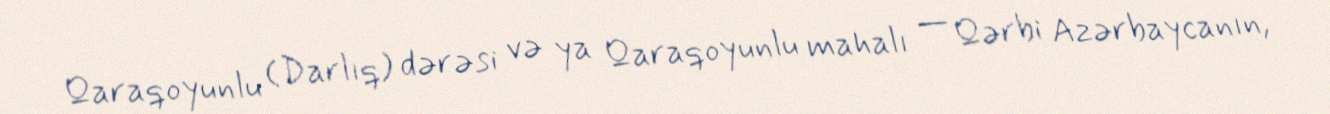
Qaraqoyunlu (Darlıq) dərəsi və ya Qaraqoyunlu mahalı — Qərbi Azərbaycanın,